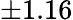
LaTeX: \pm 1.16